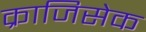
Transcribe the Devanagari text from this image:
क्राजिसेक